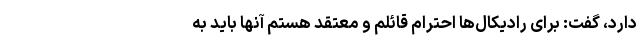
دارد، گفت: برای رادیکال‌ها احترام قائلم و معتقد هستم آنها باید به